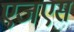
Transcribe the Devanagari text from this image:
एजएस